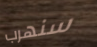
سنهرب